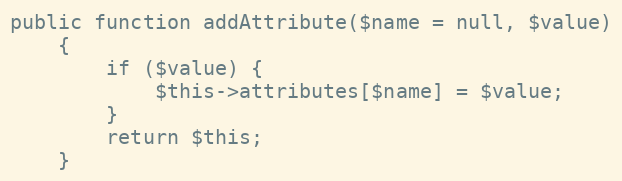
Language: PHP
public function addAttribute($name = null, $value)
    {
        if ($value) {
            $this->attributes[$name] = $value;
        }
        return $this;
    }